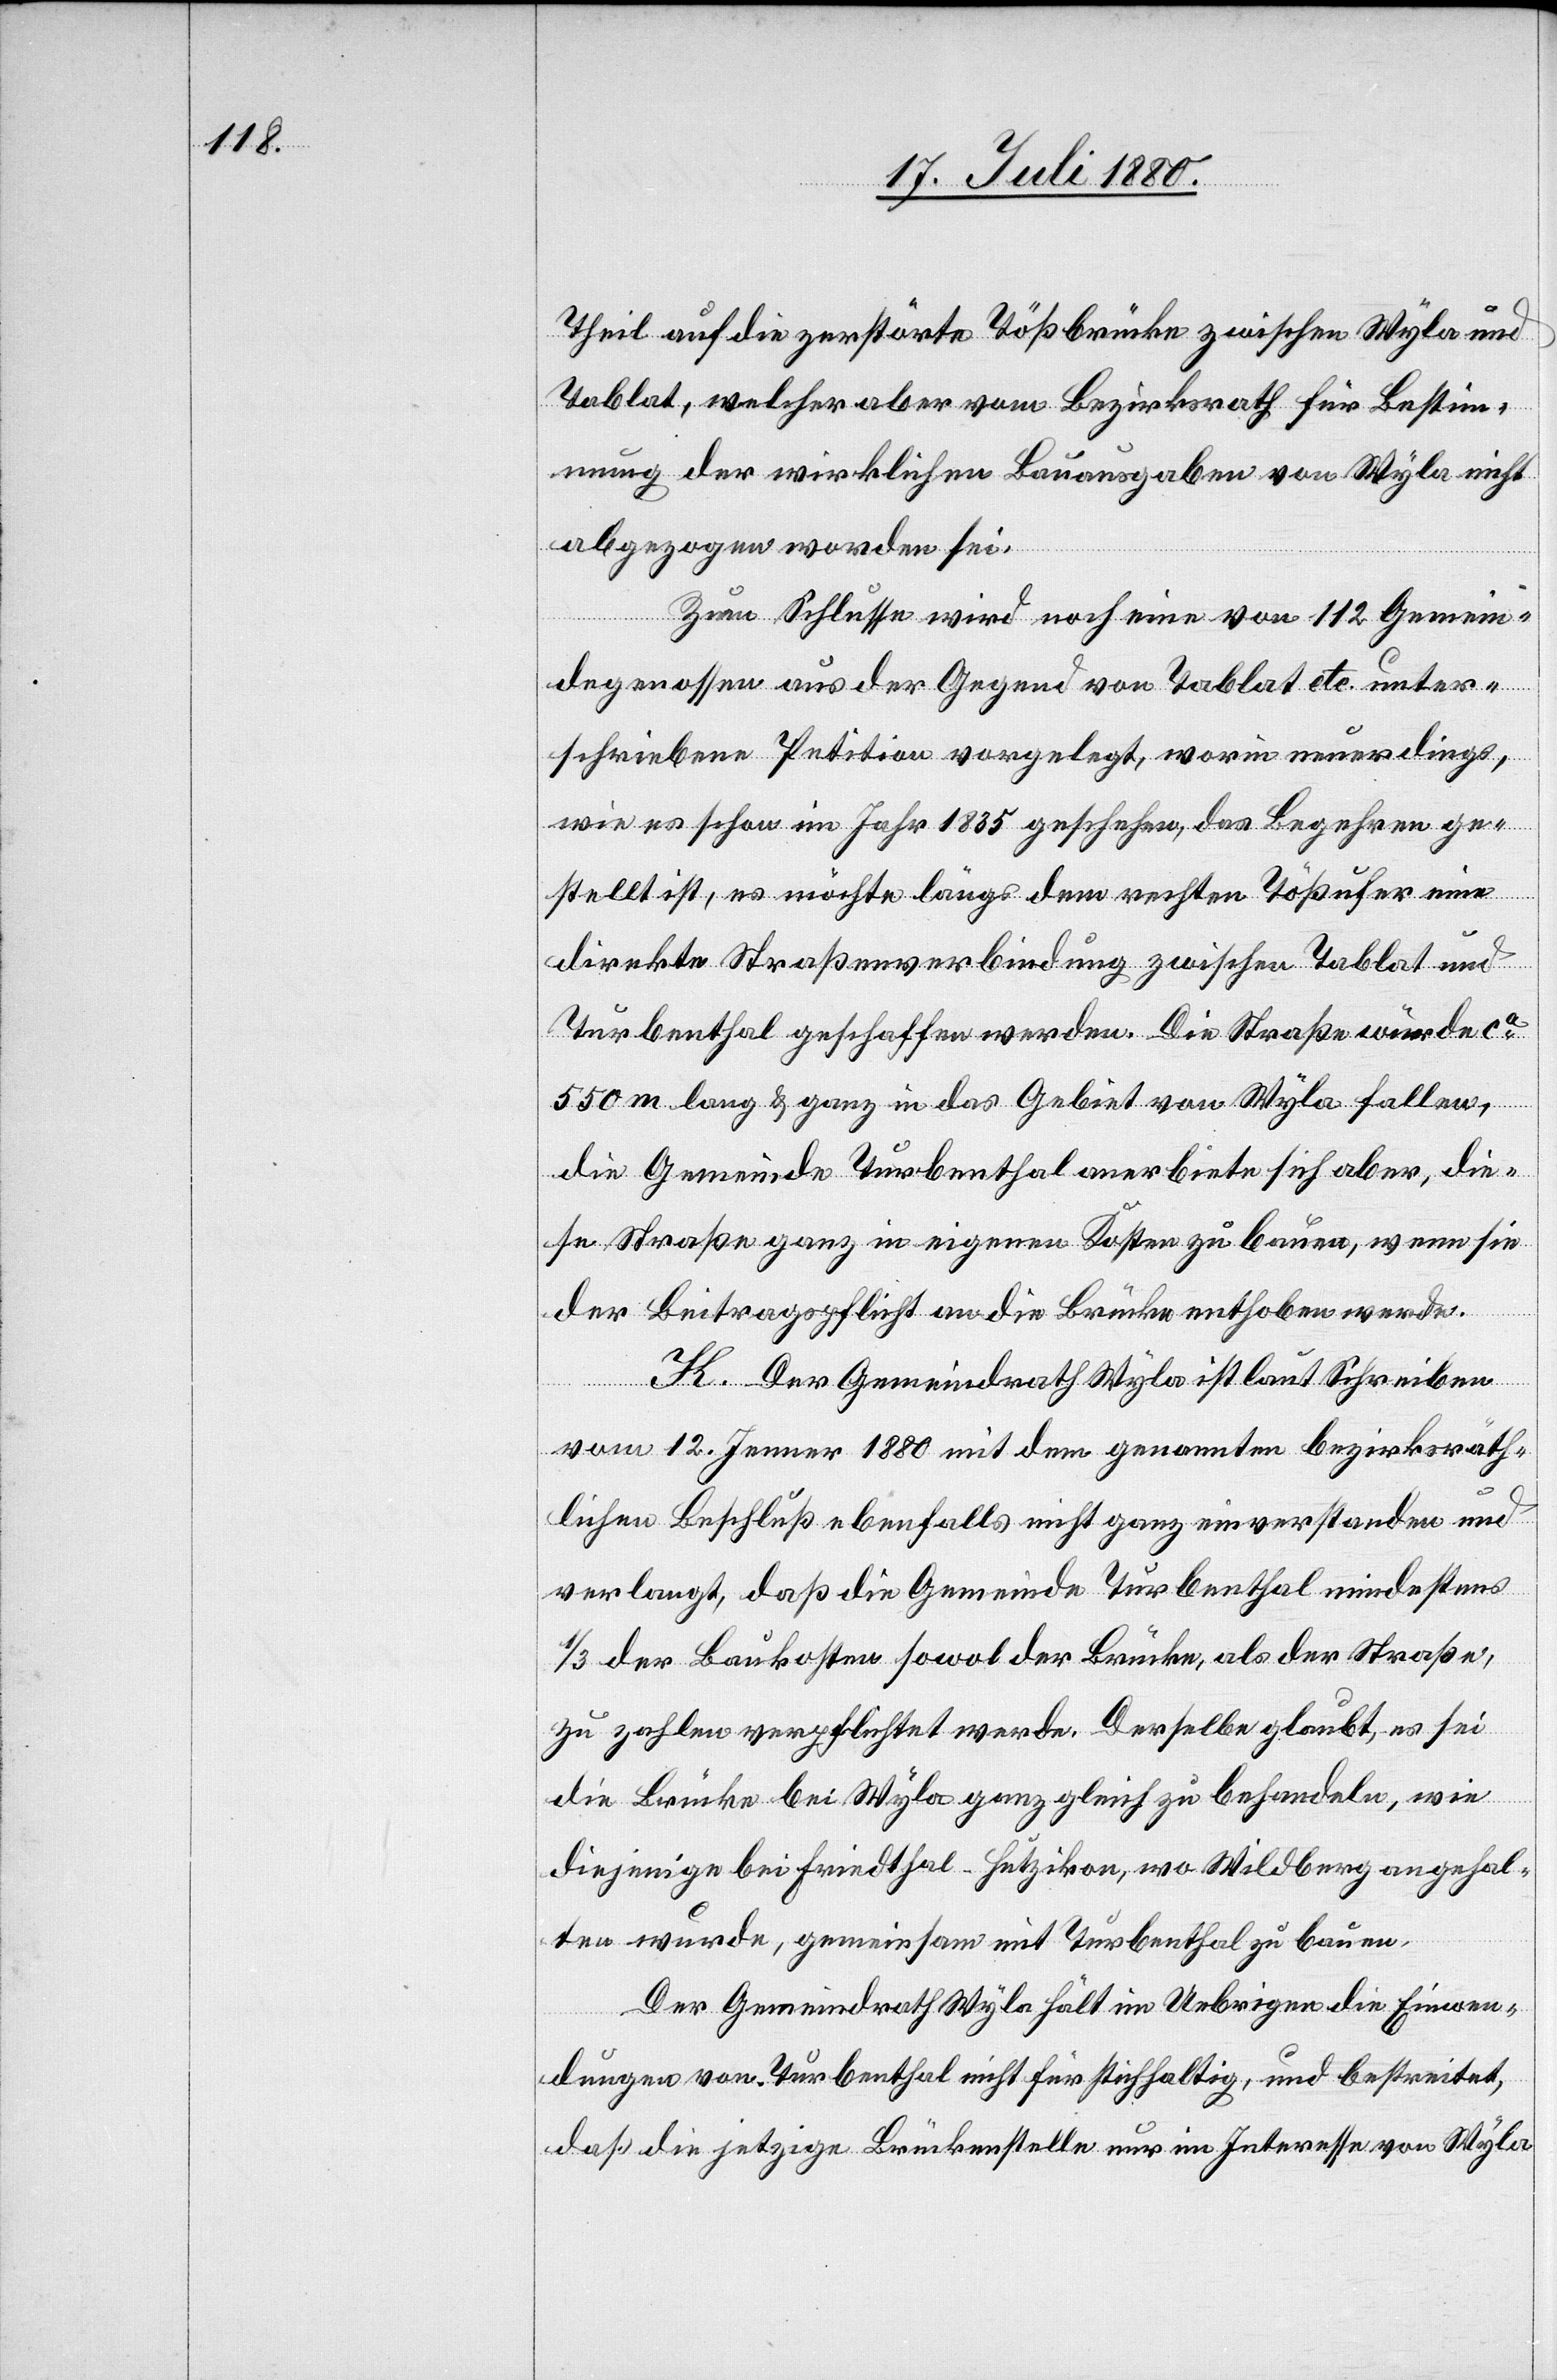
Teil auf die zerstörte Tößbrücke zwischen Wyla und
Tablat, welcher aber vom Bezirkrath für Bestim¬
mung der wirklichen Bauausgaben von Wyla nicht
abgezogen worden sei.
Zum Schlusse wird noch eine von 112 Gemein¬
degenossen aus der Gegend von Tablat etc. unter¬
schriebene Petition vorgelegt, worin neuerdings,
wie es schon im Jahr 1835 geschehen, das Begehren ge¬
stellt ist, es möchte längs dem rechen Tößufer eine
direkte Straßenverbindung zwischen Tablat und
Turbenthal geschaffen werden. Die Straße würde ca
550 m lang & ganz in das Gebiet von Wyla fallen,
die Gemeinde Turbenthal anerbiete sich aber, die¬
se Straße ganz in eigenen Kosten zu bauen, wenn sie
der Beitragspflicht an die Brücke enthoben werde.
K. Der Gemeindrath Wyla ist laut Schreiben
vom 12. Jenner 1880 mit dem genannten bezirksräth¬
lichen Beschluß ebenfalls nicht ganz einverstanden und
verlangt, daß die Gemeinde Turbenthal mindestens
1/3 der Baukosten sowol der Brücke, als der Straße
zu zahlen verpflichtet werde. Derselbe glaubt, es sei
die Brücke bei Wyla ganz gleich zu behandeln, wie
diejenigen bei Friedtal - Hutzikon, wo Wildberg angehal¬
ten wurde, gemeinsam mit Turbenthal zu bauen.
Der Gemeindrath Wyla hält im Uebrigen die Einwen¬
dungen von Turbenthal nicht für stichhaltig, und bestreitet,
daß die jetzige Brückenstelle nur im Interesse von Wyla